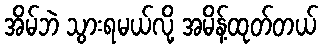
အိမ်ဘဲ သွားရမယ်လို့ အမိန့်ထုတ်တယ်